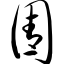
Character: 圊